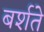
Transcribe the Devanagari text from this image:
बर्शते